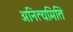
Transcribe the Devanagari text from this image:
अनित्यमिति